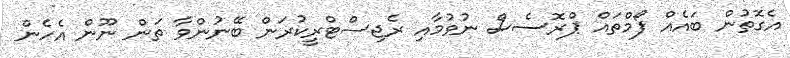
އެގޮތުން ބައެއް ފޯމްތައް ޕްރޮސެސް ނުވުމާއި ރެޖިސްޓްރީކުރަން ބޭނުންވާ ތަން ނޫން އެހެން